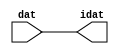

//------> /package/eda/mg/Catapult_10.3d/Mgc_home/pkgs/siflibs/ccs_in_v1.v 
//------------------------------------------------------------------------------
// Catapult Synthesis - Sample I/O Port Library
//
// Copyright (c) 2003-2017 Mentor Graphics Corp.
//       All Rights Reserved
//
// This document may be used and distributed without restriction provided that
// this copyright statement is not removed from the file and that any derivative
// work contains this copyright notice.
//
// The design information contained in this file is intended to be an example
// of the functionality which the end user may study in preparation for creating
// their own custom interfaces. This design does not necessarily present a 
// complete implementation of the named protocol or standard.
//
//------------------------------------------------------------------------------


module ccs_in_v1 (idat, dat);

  parameter integer rscid = 1;
  parameter integer width = 8;

  output [width-1:0] idat;
  input  [width-1:0] dat;

  wire   [width-1:0] idat;

  assign idat = dat;

endmodule


//------> /package/eda/mg/Catapult_10.3d/Mgc_home/pkgs/siflibs/ccs_out_v1.v 
//------------------------------------------------------------------------------
// Catapult Synthesis - Sample I/O Port Library
//
// Copyright (c) 2003-2015 Mentor Graphics Corp.
//       All Rights Reserved
//
// This document may be used and distributed without restriction provided that
// this copyright statement is not removed from the file and that any derivative
// work contains this copyright notice.
//
// The design information contained in this file is intended to be an example
// of the functionality which the end user may study in preparation for creating
// their own custom interfaces. This design does not necessarily present a 
// complete implementation of the named protocol or standard.
//
//------------------------------------------------------------------------------

module ccs_out_v1 (dat, idat);

  parameter integer rscid = 1;
  parameter integer width = 8;

  output   [width-1:0] dat;
  input    [width-1:0] idat;

  wire     [width-1:0] dat;

  assign dat = idat;

endmodule




//------> /package/eda/mg/Catapult_10.3d/Mgc_home/pkgs/siflibs/mgc_io_sync_v2.v 
//------------------------------------------------------------------------------
// Catapult Synthesis - Sample I/O Port Library
//
// Copyright (c) 2003-2017 Mentor Graphics Corp.
//       All Rights Reserved
//
// This document may be used and distributed without restriction provided that
// this copyright statement is not removed from the file and that any derivative
// work contains this copyright notice.
//
// The design information contained in this file is intended to be an example
// of the functionality which the end user may study in preparation for creating
// their own custom interfaces. This design does not necessarily present a 
// complete implementation of the named protocol or standard.
//
//------------------------------------------------------------------------------


module mgc_io_sync_v2 (ld, lz);
    parameter valid = 0;

    input  ld;
    output lz;

    wire   lz;

    assign lz = ld;

endmodule


//------> ./rtl.v 
// ----------------------------------------------------------------------
//  HLS HDL:        Verilog Netlister
//  HLS Version:    10.3d/815731 Production Release
//  HLS Date:       Wed Apr 24 14:54:19 PDT 2019
// 
//  Generated by:   695r48@cparch23.ecn.purdue.edu
//  Generated date: Tue Nov  9 15:16:23 2021
// ----------------------------------------------------------------------

// 
// ------------------------------------------------------------------
//  Design Unit:    fir_Altera_DIST_DIST_1R1W_RBW_rport_1_16_5_32_32_16_gen
// ------------------------------------------------------------------


module fir_Altera_DIST_DIST_1R1W_RBW_rport_1_16_5_32_32_16_gen (
  q, radr, radr_d, q_d, rport_r_ram_ir_internal_RMASK_B_d
);
  input [15:0] q;
  output [4:0] radr;
  input [4:0] radr_d;
  output [15:0] q_d;
  input rport_r_ram_ir_internal_RMASK_B_d;



  // Interconnect Declarations for Component Instantiations 
  assign q_d = q;
  assign radr = (radr_d);
endmodule

// ------------------------------------------------------------------
//  Design Unit:    fir_core_core_fsm
//  FSM Module
// ------------------------------------------------------------------


module fir_core_core_fsm (
  clk, rst, fsm_output, MAC_C_10_tr0
);
  input clk;
  input rst;
  output [15:0] fsm_output;
  reg [15:0] fsm_output;
  input MAC_C_10_tr0;


  // FSM State Type Declaration for fir_core_core_fsm_1
  parameter
    main_C_0 = 4'd0,
    MAC_C_0 = 4'd1,
    MAC_C_1 = 4'd2,
    MAC_C_2 = 4'd3,
    MAC_C_3 = 4'd4,
    MAC_C_4 = 4'd5,
    MAC_C_5 = 4'd6,
    MAC_C_6 = 4'd7,
    MAC_C_7 = 4'd8,
    MAC_C_8 = 4'd9,
    MAC_C_9 = 4'd10,
    MAC_C_10 = 4'd11,
    MAC_C_11 = 4'd12,
    MAC_C_12 = 4'd13,
    MAC_C_13 = 4'd14,
    main_C_1 = 4'd15;

  reg [3:0] state_var;
  reg [3:0] state_var_NS;


  // Interconnect Declarations for Component Instantiations 
  always @(*)
  begin : fir_core_core_fsm_1
    case (state_var)
      MAC_C_0 : begin
        fsm_output = 16'b0000000000000010;
        state_var_NS = MAC_C_1;
      end
      MAC_C_1 : begin
        fsm_output = 16'b0000000000000100;
        state_var_NS = MAC_C_2;
      end
      MAC_C_2 : begin
        fsm_output = 16'b0000000000001000;
        state_var_NS = MAC_C_3;
      end
      MAC_C_3 : begin
        fsm_output = 16'b0000000000010000;
        state_var_NS = MAC_C_4;
      end
      MAC_C_4 : begin
        fsm_output = 16'b0000000000100000;
        state_var_NS = MAC_C_5;
      end
      MAC_C_5 : begin
        fsm_output = 16'b0000000001000000;
        state_var_NS = MAC_C_6;
      end
      MAC_C_6 : begin
        fsm_output = 16'b0000000010000000;
        state_var_NS = MAC_C_7;
      end
      MAC_C_7 : begin
        fsm_output = 16'b0000000100000000;
        state_var_NS = MAC_C_8;
      end
      MAC_C_8 : begin
        fsm_output = 16'b0000001000000000;
        state_var_NS = MAC_C_9;
      end
      MAC_C_9 : begin
        fsm_output = 16'b0000010000000000;
        state_var_NS = MAC_C_10;
      end
      MAC_C_10 : begin
        fsm_output = 16'b0000100000000000;
        if ( MAC_C_10_tr0 ) begin
          state_var_NS = main_C_1;
        end
        else begin
          state_var_NS = MAC_C_11;
        end
      end
      MAC_C_11 : begin
        fsm_output = 16'b0001000000000000;
        state_var_NS = MAC_C_12;
      end
      MAC_C_12 : begin
        fsm_output = 16'b0010000000000000;
        state_var_NS = MAC_C_13;
      end
      MAC_C_13 : begin
        fsm_output = 16'b0100000000000000;
        state_var_NS = MAC_C_0;
      end
      main_C_1 : begin
        fsm_output = 16'b1000000000000000;
        state_var_NS = main_C_0;
      end
      // main_C_0
      default : begin
        fsm_output = 16'b0000000000000001;
        state_var_NS = MAC_C_0;
      end
    endcase
  end

  always @(posedge clk) begin
    if ( rst ) begin
      state_var <= main_C_0;
    end
    else begin
      state_var <= state_var_NS;
    end
  end

endmodule

// ------------------------------------------------------------------
//  Design Unit:    fir_core
// ------------------------------------------------------------------


module fir_core (
  clk, rst, coeffs_rsc_triosy_lz, in1_rsc_dat, in1_rsc_triosy_lz, out1_rsc_dat, out1_rsc_triosy_lz,
      coeffs_rsci_radr_d, coeffs_rsci_q_d, coeffs_rsci_rport_r_ram_ir_internal_RMASK_B_d
);
  input clk;
  input rst;
  output coeffs_rsc_triosy_lz;
  input [15:0] in1_rsc_dat;
  output in1_rsc_triosy_lz;
  output [15:0] out1_rsc_dat;
  output out1_rsc_triosy_lz;
  output [4:0] coeffs_rsci_radr_d;
  input [15:0] coeffs_rsci_q_d;
  output coeffs_rsci_rport_r_ram_ir_internal_RMASK_B_d;


  // Interconnect Declarations
  wire [15:0] in1_rsci_idat;
  reg [15:0] out1_rsci_idat;
  wire [15:0] fsm_output;
  wire [3:0] MAC_acc_3_tmp;
  wire [4:0] nl_MAC_acc_3_tmp;
  wire and_dcpl_3;
  wire and_dcpl_12;
  wire and_dcpl_14;
  wire or_tmp_149;
  wire or_tmp_160;
  reg [3:0] MAC_acc_3_psp_sva;
  reg reg_out1_rsc_triosy_obj_ld_cse;
  wire reg_out1_out1_and_cse;
  wire [2:0] MAC_acc_psp_sva_mx0w0;
  wire [3:0] nl_MAC_acc_psp_sva_mx0w0;
  reg [2:0] MAC_acc_psp_sva;
  reg [2:0] MAC_i_4_2_sva;
  wire [29:0] z_out;
  wire [30:0] nl_z_out;
  wire [29:0] z_out_2;
  wire signed [31:0] nl_z_out_2;
  wire [29:0] z_out_3;
  wire signed [31:0] nl_z_out_3;
  wire [29:0] z_out_4;
  wire signed [31:0] nl_z_out_4;
  wire [29:0] z_out_5;
  wire signed [31:0] nl_z_out_5;
  reg [15:0] regs_15_sva;
  reg [15:0] regs_16_sva;
  reg [15:0] regs_14_sva;
  reg [15:0] regs_17_sva;
  reg [15:0] regs_13_sva;
  reg [15:0] regs_18_sva;
  reg [15:0] regs_12_sva;
  reg [15:0] regs_19_sva;
  reg [15:0] regs_11_sva;
  reg [15:0] regs_20_sva;
  reg [15:0] regs_10_sva;
  reg [15:0] regs_21_sva;
  reg [15:0] regs_9_sva;
  reg [15:0] regs_22_sva;
  reg [15:0] regs_8_sva;
  reg [15:0] regs_23_sva;
  reg [15:0] regs_7_sva;
  reg [15:0] regs_24_sva;
  reg [15:0] regs_6_sva;
  reg [15:0] regs_25_sva;
  reg [15:0] regs_5_sva;
  reg [15:0] regs_26_sva;
  reg [15:0] regs_4_sva;
  reg [15:0] regs_27_sva;
  reg [15:0] regs_3_sva;
  reg [15:0] regs_28_sva;
  reg [15:0] regs_2_sva;
  reg [15:0] regs_29_sva;
  reg [15:0] regs_1_sva;
  reg [15:0] regs_30_sva;
  reg [15:0] regs_0_sva;
  reg [29:0] acc_32_3_1_sva;
  reg [15:0] regs_30_sva_1;
  reg [15:0] regs_29_sva_1;
  reg [15:0] regs_28_sva_1;
  reg [15:0] regs_27_sva_1;
  reg [15:0] regs_26_sva_1;
  reg [15:0] regs_25_sva_1;
  reg [15:0] regs_24_sva_1;
  reg [15:0] regs_23_sva_1;
  reg [15:0] regs_22_sva_1;
  reg [15:0] regs_21_sva_1;
  reg [15:0] regs_20_sva_1;
  reg [15:0] regs_19_sva_1;
  reg [15:0] regs_18_sva_1;
  reg [15:0] regs_17_sva_1;
  reg [15:0] regs_16_sva_1;
  reg [15:0] regs_15_sva_1;
  reg [15:0] regs_14_sva_1;
  reg [15:0] regs_13_sva_1;
  reg [15:0] regs_12_sva_1;
  reg [15:0] regs_11_sva_1;
  reg [15:0] regs_10_sva_1;
  reg [15:0] regs_9_sva_1;
  reg [15:0] regs_8_sva_1;
  reg [15:0] regs_7_sva_1;
  reg [15:0] regs_6_sva_1;
  reg [15:0] regs_5_sva_1;
  reg [15:0] regs_4_sva_1;
  reg [15:0] regs_3_sva_1;
  reg [15:0] regs_2_sva_1;
  reg [15:0] regs_1_sva_1;
  reg [15:0] regs_0_sva_1;
  reg [15:0] MAC_7_MAC_mux_itm;
  reg [15:0] MAC_8_MAC_mux_itm;
  reg [15:0] MAC_1_MAC_mux_itm;
  reg [15:0] MAC_2_MAC_mux_itm;
  reg [29:0] MAC_acc_8_itm;
  reg [15:0] MAC_3_MAC_mux_itm;
  reg [15:0] MAC_4_MAC_mux_itm;
  reg [15:0] MAC_5_MAC_mux_itm;
  reg [15:0] MAC_6_MAC_mux_itm;
  reg [29:0] MAC_acc_10_itm;
  reg [15:0] MAC_11_MAC_mux_itm;
  reg [29:0] MAC_11_mul_itm;
  reg [15:0] MAC_12_MAC_mux_itm;
  reg [15:0] MAC_9_MAC_mux_itm;
  reg [15:0] MAC_10_MAC_mux_itm;
  reg [29:0] MAC_10_mul_itm;
  wire [2:0] MAC_acc_4_itm_1;
  wire [3:0] nl_MAC_acc_4_itm_1;
  wire [29:0] MAC_acc_6_itm_mx0w0;
  wire [30:0] nl_MAC_acc_6_itm_mx0w0;
  wire [29:0] MAC_acc_16;
  wire [30:0] nl_MAC_acc_16;
  wire or_185_tmp;
  wire and_407_tmp;
  reg MAC_acc_4_itm_rsp_0;
  reg MAC_acc_4_itm_rsp_2;

  wire[29:0] acc_mux_nl;
  wire[29:0] MAC_12_acc_1_nl;
  wire[30:0] nl_MAC_12_acc_1_nl;
  wire[0:0] acc_not_nl;
  wire[0:0] MAC_and_7_nl;
  wire[0:0] MAC_and_5_nl;
  wire[0:0] MAC_and_3_nl;
  wire[0:0] MAC_and_1_nl;
  wire[29:0] mul_nl;
  wire signed [31:0] nl_mul_nl;
  wire[15:0] MAC_mux_29_nl;
  wire[0:0] MAC_or_2_nl;
  wire[29:0] mul_5_nl;
  wire signed [31:0] nl_mul_5_nl;
  wire[15:0] MAC_mux_34_nl;
  wire[29:0] MAC_acc_11_nl;
  wire[30:0] nl_MAC_acc_11_nl;
  wire[0:0] MAC_or_1_nl;
  wire[2:0] coeffs_mux1h_1_nl;
  wire[0:0] coeffs_or_nl;
  wire[0:0] coeffs_or_1_nl;
  wire[0:0] coeffs_or_2_nl;
  wire[1:0] or_219_nl;
  wire[1:0] coeffs_and_nl;
  wire[1:0] coeffs_mux_nl;
  wire[0:0] coeffs_or_5_nl;
  wire[0:0] coeffs_nor_nl;
  wire[0:0] or_217_nl;
  wire[29:0] MAC_mux_28_nl;
  wire[15:0] MAC_mux_30_nl;
  wire[15:0] MAC_mux_31_nl;
  wire[15:0] MAC_mux_32_nl;
  wire[15:0] MAC_mux_33_nl;

  // Interconnect Declarations for Component Instantiations 
  wire [0:0] nl_fir_core_core_fsm_inst_MAC_C_10_tr0;
  assign nl_fir_core_core_fsm_inst_MAC_C_10_tr0 = MAC_acc_3_psp_sva[3];
  ccs_in_v1 #(.rscid(32'sd2),
  .width(32'sd16)) in1_rsci (
      .dat(in1_rsc_dat),
      .idat(in1_rsci_idat)
    );
  ccs_out_v1 #(.rscid(32'sd3),
  .width(32'sd16)) out1_rsci (
      .idat(out1_rsci_idat),
      .dat(out1_rsc_dat)
    );
  mgc_io_sync_v2 #(.valid(32'sd0)) coeffs_rsc_triosy_obj (
      .ld(reg_out1_rsc_triosy_obj_ld_cse),
      .lz(coeffs_rsc_triosy_lz)
    );
  mgc_io_sync_v2 #(.valid(32'sd0)) in1_rsc_triosy_obj (
      .ld(reg_out1_rsc_triosy_obj_ld_cse),
      .lz(in1_rsc_triosy_lz)
    );
  mgc_io_sync_v2 #(.valid(32'sd0)) out1_rsc_triosy_obj (
      .ld(reg_out1_rsc_triosy_obj_ld_cse),
      .lz(out1_rsc_triosy_lz)
    );
  fir_core_core_fsm fir_core_core_fsm_inst (
      .clk(clk),
      .rst(rst),
      .fsm_output(fsm_output),
      .MAC_C_10_tr0(nl_fir_core_core_fsm_inst_MAC_C_10_tr0[0:0])
    );
  assign reg_out1_out1_and_cse = (fsm_output[11]) & (MAC_acc_3_psp_sva[3]);
  assign nl_MAC_acc_3_tmp = conv_u2u_3_4(MAC_acc_psp_sva_mx0w0) + 4'b0001;
  assign MAC_acc_3_tmp = nl_MAC_acc_3_tmp[3:0];
  assign nl_MAC_acc_psp_sva_mx0w0 = MAC_i_4_2_sva + 3'b001;
  assign MAC_acc_psp_sva_mx0w0 = nl_MAC_acc_psp_sva_mx0w0[2:0];
  assign nl_MAC_acc_4_itm_1 = (MAC_acc_3_tmp[2:0]) + 3'b001;
  assign MAC_acc_4_itm_1 = nl_MAC_acc_4_itm_1[2:0];
  assign nl_MAC_acc_6_itm_mx0w0 = MAC_11_mul_itm + MAC_10_mul_itm;
  assign MAC_acc_6_itm_mx0w0 = nl_MAC_acc_6_itm_mx0w0[29:0];
  assign nl_MAC_acc_16 = MAC_acc_6_itm_mx0w0 + acc_32_3_1_sva;
  assign MAC_acc_16 = nl_MAC_acc_16[29:0];
  assign and_dcpl_3 = ~((fsm_output[15]) | (fsm_output[0]));
  assign and_dcpl_12 = and_dcpl_3 & (~ (fsm_output[14]));
  assign and_dcpl_14 = ~((fsm_output[13]) | (fsm_output[1]));
  assign or_tmp_149 = and_dcpl_12 & and_dcpl_14 & (~ (fsm_output[12]));
  assign or_tmp_160 = ~((~ and_dcpl_3) | (fsm_output[14]) | (fsm_output[13]) | (fsm_output[1])
      | (fsm_output[12]) | (fsm_output[11]));
  assign coeffs_or_nl = (fsm_output[2]) | (fsm_output[7]) | (fsm_output[8]);
  assign coeffs_or_1_nl = (fsm_output[6:3]!=4'b0000);
  assign coeffs_or_2_nl = (fsm_output[12:9]!=4'b0000);
  assign coeffs_mux1h_1_nl = MUX1HOT_v_3_4_2(MAC_acc_psp_sva_mx0w0, MAC_acc_psp_sva,
      MAC_i_4_2_sva, (MAC_acc_3_psp_sva[2:0]), {(fsm_output[1]) , (coeffs_or_nl)
      , (coeffs_or_1_nl) , (coeffs_or_2_nl)});
  assign coeffs_or_5_nl = (fsm_output[4]) | (fsm_output[8]) | (fsm_output[12]);
  assign coeffs_mux_nl = MUX_v_2_2_2(2'b01, 2'b10, coeffs_or_5_nl);
  assign coeffs_nor_nl = ~((fsm_output[2]) | (fsm_output[6]) | (fsm_output[10]));
  assign coeffs_and_nl = MUX_v_2_2_2(2'b00, (coeffs_mux_nl), (coeffs_nor_nl));
  assign or_217_nl = (fsm_output[3]) | (fsm_output[7]) | (fsm_output[11]);
  assign or_219_nl = MUX_v_2_2_2((coeffs_and_nl), 2'b11, (or_217_nl));
  assign coeffs_rsci_radr_d = {(coeffs_mux1h_1_nl) , (or_219_nl)};
  assign coeffs_rsci_rport_r_ram_ir_internal_RMASK_B_d = (and_dcpl_12 & (~ (fsm_output[13]))
      & (~ (fsm_output[11]))) | ((~ (MAC_acc_3_psp_sva[3])) & (fsm_output[11]));
  assign and_407_tmp = and_dcpl_12 & and_dcpl_14;
  assign or_185_tmp = (fsm_output[9:2]!=8'b00000000);
  always @(posedge clk) begin
    if ( rst ) begin
      out1_rsci_idat <= 16'b0000000000000000;
      regs_4_sva <= 16'b0000000000000000;
      regs_16_sva <= 16'b0000000000000000;
      regs_28_sva <= 16'b0000000000000000;
      regs_3_sva <= 16'b0000000000000000;
      regs_15_sva <= 16'b0000000000000000;
      regs_27_sva <= 16'b0000000000000000;
      regs_2_sva <= 16'b0000000000000000;
      regs_14_sva <= 16'b0000000000000000;
      regs_26_sva <= 16'b0000000000000000;
      regs_1_sva <= 16'b0000000000000000;
      regs_13_sva <= 16'b0000000000000000;
      regs_25_sva <= 16'b0000000000000000;
      regs_0_sva <= 16'b0000000000000000;
      regs_12_sva <= 16'b0000000000000000;
      regs_24_sva <= 16'b0000000000000000;
      regs_11_sva <= 16'b0000000000000000;
      regs_23_sva <= 16'b0000000000000000;
      regs_6_sva <= 16'b0000000000000000;
      regs_18_sva <= 16'b0000000000000000;
      regs_30_sva <= 16'b0000000000000000;
      regs_5_sva <= 16'b0000000000000000;
      regs_17_sva <= 16'b0000000000000000;
      regs_29_sva <= 16'b0000000000000000;
      regs_20_sva <= 16'b0000000000000000;
      regs_8_sva <= 16'b0000000000000000;
      regs_19_sva <= 16'b0000000000000000;
      regs_7_sva <= 16'b0000000000000000;
      regs_22_sva <= 16'b0000000000000000;
      regs_10_sva <= 16'b0000000000000000;
      regs_21_sva <= 16'b0000000000000000;
      regs_9_sva <= 16'b0000000000000000;
    end
    else if ( reg_out1_out1_and_cse ) begin
      out1_rsci_idat <= z_out[29:14];
      regs_4_sva <= regs_4_sva_1;
      regs_16_sva <= regs_16_sva_1;
      regs_28_sva <= regs_28_sva_1;
      regs_3_sva <= regs_3_sva_1;
      regs_15_sva <= regs_15_sva_1;
      regs_27_sva <= regs_27_sva_1;
      regs_2_sva <= regs_2_sva_1;
      regs_14_sva <= regs_14_sva_1;
      regs_26_sva <= regs_26_sva_1;
      regs_1_sva <= regs_1_sva_1;
      regs_13_sva <= regs_13_sva_1;
      regs_25_sva <= regs_25_sva_1;
      regs_0_sva <= regs_0_sva_1;
      regs_12_sva <= regs_12_sva_1;
      regs_24_sva <= regs_24_sva_1;
      regs_11_sva <= regs_11_sva_1;
      regs_23_sva <= regs_23_sva_1;
      regs_6_sva <= regs_6_sva_1;
      regs_18_sva <= regs_18_sva_1;
      regs_30_sva <= regs_30_sva_1;
      regs_5_sva <= regs_5_sva_1;
      regs_17_sva <= regs_17_sva_1;
      regs_29_sva <= regs_29_sva_1;
      regs_20_sva <= regs_20_sva_1;
      regs_8_sva <= regs_8_sva_1;
      regs_19_sva <= regs_19_sva_1;
      regs_7_sva <= regs_7_sva_1;
      regs_22_sva <= regs_22_sva_1;
      regs_10_sva <= regs_10_sva_1;
      regs_21_sva <= regs_21_sva_1;
      regs_9_sva <= regs_9_sva_1;
    end
  end
  always @(posedge clk) begin
    if ( rst ) begin
      acc_32_3_1_sva <= 30'b000000000000000000000000000000;
    end
    else if ( (fsm_output[0]) | (fsm_output[14]) | (fsm_output[11]) ) begin
      acc_32_3_1_sva <= MUX_v_30_2_2(30'b000000000000000000000000000000, (acc_mux_nl),
          (acc_not_nl));
    end
  end
  always @(posedge clk) begin
    if ( rst ) begin
      MAC_i_4_2_sva <= 3'b000;
    end
    else if ( (fsm_output[0]) | (fsm_output[11]) ) begin
      MAC_i_4_2_sva <= MUX_v_3_2_2(3'b000, ({MAC_acc_4_itm_rsp_0 , 1'b1 , MAC_acc_4_itm_rsp_2}),
          (fsm_output[11]));
    end
  end
  always @(posedge clk) begin
    if ( rst ) begin
      regs_0_sva_1 <= 16'b0000000000000000;
    end
    else if ( ~ and_dcpl_3 ) begin
      regs_0_sva_1 <= in1_rsci_idat;
    end
  end
  always @(posedge clk) begin
    if ( rst ) begin
      reg_out1_rsc_triosy_obj_ld_cse <= 1'b0;
      MAC_6_MAC_mux_itm <= 16'b0000000000000000;
      MAC_11_mul_itm <= 30'b000000000000000000000000000000;
    end
    else begin
      reg_out1_rsc_triosy_obj_ld_cse <= reg_out1_out1_and_cse;
      MAC_6_MAC_mux_itm <= MUX_v_16_8_2x0x2x3x5x6(regs_4_sva, regs_16_sva, regs_28_sva,
          MAC_acc_psp_sva_mx0w0);
      MAC_11_mul_itm <= MUX1HOT_v_30_6_2((mul_5_nl), z_out_5, z_out_4, (MAC_acc_11_nl),
          z_out_3, z_out_2, {(MAC_or_1_nl) , (fsm_output[7]) , (fsm_output[9]) ,
          (fsm_output[10]) , (fsm_output[11]) , (fsm_output[13])});
    end
  end
  always @(posedge clk) begin
    if ( rst ) begin
      regs_30_sva_1 <= 16'b0000000000000000;
    end
    else if ( ~ and_dcpl_3 ) begin
      regs_30_sva_1 <= regs_29_sva;
    end
  end
  always @(posedge clk) begin
    if ( rst ) begin
      regs_29_sva_1 <= 16'b0000000000000000;
    end
    else if ( ~ and_dcpl_3 ) begin
      regs_29_sva_1 <= regs_28_sva;
    end
  end
  always @(posedge clk) begin
    if ( rst ) begin
      regs_28_sva_1 <= 16'b0000000000000000;
    end
    else if ( ~ and_dcpl_3 ) begin
      regs_28_sva_1 <= regs_27_sva;
    end
  end
  always @(posedge clk) begin
    if ( rst ) begin
      regs_27_sva_1 <= 16'b0000000000000000;
    end
    else if ( ~ and_dcpl_3 ) begin
      regs_27_sva_1 <= regs_26_sva;
    end
  end
  always @(posedge clk) begin
    if ( rst ) begin
      regs_26_sva_1 <= 16'b0000000000000000;
    end
    else if ( ~ and_dcpl_3 ) begin
      regs_26_sva_1 <= regs_25_sva;
    end
  end
  always @(posedge clk) begin
    if ( rst ) begin
      regs_25_sva_1 <= 16'b0000000000000000;
    end
    else if ( ~ and_dcpl_3 ) begin
      regs_25_sva_1 <= regs_24_sva;
    end
  end
  always @(posedge clk) begin
    if ( rst ) begin
      regs_24_sva_1 <= 16'b0000000000000000;
    end
    else if ( ~ and_dcpl_3 ) begin
      regs_24_sva_1 <= regs_23_sva;
    end
  end
  always @(posedge clk) begin
    if ( rst ) begin
      regs_23_sva_1 <= 16'b0000000000000000;
    end
    else if ( ~ and_dcpl_3 ) begin
      regs_23_sva_1 <= regs_22_sva;
    end
  end
  always @(posedge clk) begin
    if ( rst ) begin
      regs_22_sva_1 <= 16'b0000000000000000;
    end
    else if ( ~ and_dcpl_3 ) begin
      regs_22_sva_1 <= regs_21_sva;
    end
  end
  always @(posedge clk) begin
    if ( rst ) begin
      regs_21_sva_1 <= 16'b0000000000000000;
    end
    else if ( ~ and_dcpl_3 ) begin
      regs_21_sva_1 <= regs_20_sva;
    end
  end
  always @(posedge clk) begin
    if ( rst ) begin
      regs_20_sva_1 <= 16'b0000000000000000;
    end
    else if ( ~ and_dcpl_3 ) begin
      regs_20_sva_1 <= regs_19_sva;
    end
  end
  always @(posedge clk) begin
    if ( rst ) begin
      regs_19_sva_1 <= 16'b0000000000000000;
    end
    else if ( ~ and_dcpl_3 ) begin
      regs_19_sva_1 <= regs_18_sva;
    end
  end
  always @(posedge clk) begin
    if ( rst ) begin
      regs_18_sva_1 <= 16'b0000000000000000;
    end
    else if ( ~ and_dcpl_3 ) begin
      regs_18_sva_1 <= regs_17_sva;
    end
  end
  always @(posedge clk) begin
    if ( rst ) begin
      regs_17_sva_1 <= 16'b0000000000000000;
    end
    else if ( ~ and_dcpl_3 ) begin
      regs_17_sva_1 <= regs_16_sva;
    end
  end
  always @(posedge clk) begin
    if ( rst ) begin
      regs_16_sva_1 <= 16'b0000000000000000;
    end
    else if ( ~ and_dcpl_3 ) begin
      regs_16_sva_1 <= regs_15_sva;
    end
  end
  always @(posedge clk) begin
    if ( rst ) begin
      regs_15_sva_1 <= 16'b0000000000000000;
    end
    else if ( ~ and_dcpl_3 ) begin
      regs_15_sva_1 <= regs_14_sva;
    end
  end
  always @(posedge clk) begin
    if ( rst ) begin
      regs_14_sva_1 <= 16'b0000000000000000;
    end
    else if ( ~ and_dcpl_3 ) begin
      regs_14_sva_1 <= regs_13_sva;
    end
  end
  always @(posedge clk) begin
    if ( rst ) begin
      regs_13_sva_1 <= 16'b0000000000000000;
    end
    else if ( ~ and_dcpl_3 ) begin
      regs_13_sva_1 <= regs_12_sva;
    end
  end
  always @(posedge clk) begin
    if ( rst ) begin
      regs_12_sva_1 <= 16'b0000000000000000;
    end
    else if ( ~ and_dcpl_3 ) begin
      regs_12_sva_1 <= regs_11_sva;
    end
  end
  always @(posedge clk) begin
    if ( rst ) begin
      regs_11_sva_1 <= 16'b0000000000000000;
    end
    else if ( ~ and_dcpl_3 ) begin
      regs_11_sva_1 <= regs_10_sva;
    end
  end
  always @(posedge clk) begin
    if ( rst ) begin
      regs_10_sva_1 <= 16'b0000000000000000;
    end
    else if ( ~ and_dcpl_3 ) begin
      regs_10_sva_1 <= regs_9_sva;
    end
  end
  always @(posedge clk) begin
    if ( rst ) begin
      regs_9_sva_1 <= 16'b0000000000000000;
    end
    else if ( ~ and_dcpl_3 ) begin
      regs_9_sva_1 <= regs_8_sva;
    end
  end
  always @(posedge clk) begin
    if ( rst ) begin
      regs_8_sva_1 <= 16'b0000000000000000;
    end
    else if ( ~ and_dcpl_3 ) begin
      regs_8_sva_1 <= regs_7_sva;
    end
  end
  always @(posedge clk) begin
    if ( rst ) begin
      regs_7_sva_1 <= 16'b0000000000000000;
    end
    else if ( ~ and_dcpl_3 ) begin
      regs_7_sva_1 <= regs_6_sva;
    end
  end
  always @(posedge clk) begin
    if ( rst ) begin
      regs_6_sva_1 <= 16'b0000000000000000;
    end
    else if ( ~ and_dcpl_3 ) begin
      regs_6_sva_1 <= regs_5_sva;
    end
  end
  always @(posedge clk) begin
    if ( rst ) begin
      regs_5_sva_1 <= 16'b0000000000000000;
    end
    else if ( ~ and_dcpl_3 ) begin
      regs_5_sva_1 <= regs_4_sva;
    end
  end
  always @(posedge clk) begin
    if ( rst ) begin
      regs_4_sva_1 <= 16'b0000000000000000;
    end
    else if ( ~ and_dcpl_3 ) begin
      regs_4_sva_1 <= regs_3_sva;
    end
  end
  always @(posedge clk) begin
    if ( rst ) begin
      regs_3_sva_1 <= 16'b0000000000000000;
    end
    else if ( ~ and_dcpl_3 ) begin
      regs_3_sva_1 <= regs_2_sva;
    end
  end
  always @(posedge clk) begin
    if ( rst ) begin
      regs_2_sva_1 <= 16'b0000000000000000;
    end
    else if ( ~ and_dcpl_3 ) begin
      regs_2_sva_1 <= regs_1_sva;
    end
  end
  always @(posedge clk) begin
    if ( rst ) begin
      regs_1_sva_1 <= 16'b0000000000000000;
    end
    else if ( ~ and_dcpl_3 ) begin
      regs_1_sva_1 <= regs_0_sva;
    end
  end
  always @(posedge clk) begin
    if ( rst ) begin
      MAC_acc_3_psp_sva <= 4'b0000;
    end
    else if ( ~ or_tmp_149 ) begin
      MAC_acc_3_psp_sva <= MAC_acc_3_tmp;
    end
  end
  always @(posedge clk) begin
    if ( rst ) begin
      MAC_7_MAC_mux_itm <= 16'b0000000000000000;
    end
    else if ( fsm_output[1] ) begin
      MAC_7_MAC_mux_itm <= MUX_v_16_8_2x0x2x3x5x6(regs_5_sva, regs_17_sva, regs_29_sva,
          MAC_acc_psp_sva_mx0w0);
    end
  end
  always @(posedge clk) begin
    if ( rst ) begin
      MAC_8_MAC_mux_itm <= 16'b0000000000000000;
    end
    else if ( fsm_output[1] ) begin
      MAC_8_MAC_mux_itm <= MUX_v_16_8_2x0x2x3x5x6(regs_6_sva, regs_18_sva, regs_30_sva,
          MAC_acc_psp_sva_mx0w0);
    end
  end
  always @(posedge clk) begin
    if ( rst ) begin
      MAC_acc_psp_sva <= 3'b000;
    end
    else if ( fsm_output[1] ) begin
      MAC_acc_psp_sva <= MAC_acc_psp_sva_mx0w0;
    end
  end
  always @(posedge clk) begin
    if ( rst ) begin
      MAC_1_MAC_mux_itm <= 16'b0000000000000000;
    end
    else if ( fsm_output[1] ) begin
      MAC_1_MAC_mux_itm <= MUX_v_16_7_2x1x2x4x5(regs_0_sva_1, regs_11_sva, regs_23_sva,
          MAC_i_4_2_sva);
    end
  end
  always @(posedge clk) begin
    if ( rst ) begin
      MAC_2_MAC_mux_itm <= 16'b0000000000000000;
    end
    else if ( fsm_output[1] ) begin
      MAC_2_MAC_mux_itm <= MUX_v_16_7_2x1x2x4x5(regs_0_sva, regs_12_sva, regs_24_sva,
          MAC_i_4_2_sva);
    end
  end
  always @(posedge clk) begin
    if ( rst ) begin
      MAC_3_MAC_mux_itm <= 16'b0000000000000000;
    end
    else if ( fsm_output[1] ) begin
      MAC_3_MAC_mux_itm <= MUX_v_16_7_2x1x2x4x5(regs_1_sva, regs_13_sva, regs_25_sva,
          MAC_i_4_2_sva);
    end
  end
  always @(posedge clk) begin
    if ( rst ) begin
      MAC_4_MAC_mux_itm <= 16'b0000000000000000;
    end
    else if ( fsm_output[1] ) begin
      MAC_4_MAC_mux_itm <= MUX_v_16_7_2x1x2x4x5(regs_2_sva, regs_14_sva, regs_26_sva,
          MAC_i_4_2_sva);
    end
  end
  always @(posedge clk) begin
    if ( rst ) begin
      MAC_5_MAC_mux_itm <= 16'b0000000000000000;
    end
    else if ( fsm_output[1] ) begin
      MAC_5_MAC_mux_itm <= MUX_v_16_8_2x0x2x3x5x6(regs_3_sva, regs_15_sva, regs_27_sva,
          MAC_acc_psp_sva_mx0w0);
    end
  end
  always @(posedge clk) begin
    if ( rst ) begin
      MAC_11_MAC_mux_itm <= 16'b0000000000000000;
    end
    else if ( ~ and_407_tmp ) begin
      MAC_11_MAC_mux_itm <= MUX_v_16_2_2(regs_21_sva, regs_9_sva, MAC_and_7_nl);
    end
  end
  always @(posedge clk) begin
    if ( rst ) begin
      MAC_12_MAC_mux_itm <= 16'b0000000000000000;
    end
    else if ( ~ or_tmp_149 ) begin
      MAC_12_MAC_mux_itm <= MUX_v_16_2_2(regs_22_sva, regs_10_sva, MAC_and_5_nl);
    end
  end
  always @(posedge clk) begin
    if ( rst ) begin
      MAC_9_MAC_mux_itm <= 16'b0000000000000000;
    end
    else if ( ~ or_tmp_160 ) begin
      MAC_9_MAC_mux_itm <= MUX_v_16_2_2(regs_19_sva, regs_7_sva, MAC_and_3_nl);
    end
  end
  always @(posedge clk) begin
    if ( rst ) begin
      MAC_10_MAC_mux_itm <= 16'b0000000000000000;
    end
    else if ( ~ or_185_tmp ) begin
      MAC_10_MAC_mux_itm <= MUX_v_16_2_2(regs_20_sva, regs_8_sva, MAC_and_1_nl);
    end
  end
  always @(posedge clk) begin
    if ( rst ) begin
      MAC_10_mul_itm <= 30'b000000000000000000000000000000;
    end
    else if ( ~((fsm_output[7]) | (fsm_output[9]) | (fsm_output[5]) | (fsm_output[3])
        | (fsm_output[13]) | (fsm_output[11])) ) begin
      MAC_10_mul_itm <= MUX1HOT_v_30_5_2((mul_nl), z_out_2, z_out_3, z_out_4, z_out_5,
          {(MAC_or_2_nl) , (fsm_output[6]) , (fsm_output[8]) , (fsm_output[10]) ,
          (fsm_output[12])});
    end
  end
  always @(posedge clk) begin
    if ( rst ) begin
      MAC_acc_10_itm <= 30'b000000000000000000000000000000;
    end
    else if ( (fsm_output[6]) | (fsm_output[4]) | (fsm_output[12]) ) begin
      MAC_acc_10_itm <= MUX_v_30_2_2(MAC_acc_6_itm_mx0w0, z_out, fsm_output[6]);
    end
  end
  always @(posedge clk) begin
    if ( rst ) begin
      MAC_acc_8_itm <= 30'b000000000000000000000000000000;
    end
    else if ( fsm_output[8] ) begin
      MAC_acc_8_itm <= MAC_acc_6_itm_mx0w0;
    end
  end
  always @(posedge clk) begin
    if ( rst ) begin
      MAC_acc_4_itm_rsp_0 <= 1'b0;
    end
    else if ( ~ or_tmp_160 ) begin
      MAC_acc_4_itm_rsp_0 <= MAC_acc_4_itm_1[2];
    end
  end
  always @(posedge clk) begin
    if ( rst ) begin
      MAC_acc_4_itm_rsp_2 <= 1'b0;
    end
    else if ( ~ or_tmp_160 ) begin
      MAC_acc_4_itm_rsp_2 <= MAC_acc_4_itm_1[0];
    end
  end
  assign nl_MAC_12_acc_1_nl = MAC_acc_16 + MAC_acc_10_itm;
  assign MAC_12_acc_1_nl = nl_MAC_12_acc_1_nl[29:0];
  assign acc_mux_nl = MUX_v_30_2_2(z_out, (MAC_12_acc_1_nl), fsm_output[14]);
  assign acc_not_nl = ~ (fsm_output[0]);
  assign MAC_mux_34_nl = MUX_v_16_2_2(MAC_5_MAC_mux_itm, MAC_3_MAC_mux_itm, fsm_output[5]);
  assign nl_mul_5_nl = $signed((MAC_mux_34_nl)) * $signed((coeffs_rsci_q_d));
  assign mul_5_nl = nl_mul_5_nl[29:0];
  assign nl_MAC_acc_11_nl = MAC_acc_16 + MAC_acc_8_itm;
  assign MAC_acc_11_nl = nl_MAC_acc_11_nl[29:0];
  assign MAC_or_1_nl = (fsm_output[3]) | (fsm_output[5]);
  assign MAC_and_7_nl = (MAC_acc_3_tmp[1:0]==2'b10) & (~ and_407_tmp);
  assign MAC_and_5_nl = (MAC_acc_3_tmp[1:0]==2'b10) & (~ or_tmp_149);
  assign MAC_and_3_nl = (MAC_acc_3_tmp[1:0]==2'b10) & (~ or_tmp_160);
  assign MAC_and_1_nl = (MAC_acc_3_tmp[1:0]==2'b10) & (~ or_185_tmp);
  assign MAC_mux_29_nl = MUX_v_16_2_2(MAC_6_MAC_mux_itm, MAC_4_MAC_mux_itm, fsm_output[4]);
  assign nl_mul_nl = $signed((MAC_mux_29_nl)) * $signed((coeffs_rsci_q_d));
  assign mul_nl = nl_mul_nl[29:0];
  assign MAC_or_2_nl = (fsm_output[2]) | (fsm_output[4]);
  assign MAC_mux_28_nl = MUX_v_30_2_2(MAC_acc_6_itm_mx0w0, MAC_11_mul_itm, fsm_output[11]);
  assign nl_z_out = (MAC_mux_28_nl) + MAC_acc_10_itm;
  assign z_out = nl_z_out[29:0];
  assign MAC_mux_30_nl = MUX_v_16_2_2(MAC_2_MAC_mux_itm, MAC_11_MAC_mux_itm, fsm_output[13]);
  assign nl_z_out_2 = $signed((MAC_mux_30_nl)) * $signed((coeffs_rsci_q_d));
  assign z_out_2 = nl_z_out_2[29:0];
  assign MAC_mux_31_nl = MUX_v_16_2_2(MAC_8_MAC_mux_itm, MAC_9_MAC_mux_itm, fsm_output[11]);
  assign nl_z_out_3 = $signed((MAC_mux_31_nl)) * $signed((coeffs_rsci_q_d));
  assign z_out_3 = nl_z_out_3[29:0];
  assign MAC_mux_32_nl = MUX_v_16_2_2(MAC_10_MAC_mux_itm, MAC_7_MAC_mux_itm, fsm_output[9]);
  assign nl_z_out_4 = $signed((MAC_mux_32_nl)) * $signed((coeffs_rsci_q_d));
  assign z_out_4 = nl_z_out_4[29:0];
  assign MAC_mux_33_nl = MUX_v_16_2_2(MAC_12_MAC_mux_itm, MAC_1_MAC_mux_itm, fsm_output[7]);
  assign nl_z_out_5 = $signed((MAC_mux_33_nl)) * $signed((coeffs_rsci_q_d));
  assign z_out_5 = nl_z_out_5[29:0];

  function automatic [29:0] MUX1HOT_v_30_5_2;
    input [29:0] input_4;
    input [29:0] input_3;
    input [29:0] input_2;
    input [29:0] input_1;
    input [29:0] input_0;
    input [4:0] sel;
    reg [29:0] result;
  begin
    result = input_0 & {30{sel[0]}};
    result = result | ( input_1 & {30{sel[1]}});
    result = result | ( input_2 & {30{sel[2]}});
    result = result | ( input_3 & {30{sel[3]}});
    result = result | ( input_4 & {30{sel[4]}});
    MUX1HOT_v_30_5_2 = result;
  end
  endfunction


  function automatic [29:0] MUX1HOT_v_30_6_2;
    input [29:0] input_5;
    input [29:0] input_4;
    input [29:0] input_3;
    input [29:0] input_2;
    input [29:0] input_1;
    input [29:0] input_0;
    input [5:0] sel;
    reg [29:0] result;
  begin
    result = input_0 & {30{sel[0]}};
    result = result | ( input_1 & {30{sel[1]}});
    result = result | ( input_2 & {30{sel[2]}});
    result = result | ( input_3 & {30{sel[3]}});
    result = result | ( input_4 & {30{sel[4]}});
    result = result | ( input_5 & {30{sel[5]}});
    MUX1HOT_v_30_6_2 = result;
  end
  endfunction


  function automatic [2:0] MUX1HOT_v_3_4_2;
    input [2:0] input_3;
    input [2:0] input_2;
    input [2:0] input_1;
    input [2:0] input_0;
    input [3:0] sel;
    reg [2:0] result;
  begin
    result = input_0 & {3{sel[0]}};
    result = result | ( input_1 & {3{sel[1]}});
    result = result | ( input_2 & {3{sel[2]}});
    result = result | ( input_3 & {3{sel[3]}});
    MUX1HOT_v_3_4_2 = result;
  end
  endfunction


  function automatic [15:0] MUX_v_16_2_2;
    input [15:0] input_0;
    input [15:0] input_1;
    input [0:0] sel;
    reg [15:0] result;
  begin
    case (sel)
      1'b0 : begin
        result = input_0;
      end
      default : begin
        result = input_1;
      end
    endcase
    MUX_v_16_2_2 = result;
  end
  endfunction


  function automatic [15:0] MUX_v_16_7_2x1x2x4x5;
    input [15:0] input_0;
    input [15:0] input_3;
    input [15:0] input_6;
    input [2:0] sel;
    reg [15:0] result;
  begin
    case (sel)
      3'b000 : begin
        result = input_0;
      end
      3'b011 : begin
        result = input_3;
      end
      default : begin
        result = input_6;
      end
    endcase
    MUX_v_16_7_2x1x2x4x5 = result;
  end
  endfunction


  function automatic [15:0] MUX_v_16_8_2x0x2x3x5x6;
    input [15:0] input_1;
    input [15:0] input_4;
    input [15:0] input_7;
    input [2:0] sel;
    reg [15:0] result;
  begin
    case (sel)
      3'b001 : begin
        result = input_1;
      end
      3'b100 : begin
        result = input_4;
      end
      default : begin
        result = input_7;
      end
    endcase
    MUX_v_16_8_2x0x2x3x5x6 = result;
  end
  endfunction


  function automatic [1:0] MUX_v_2_2_2;
    input [1:0] input_0;
    input [1:0] input_1;
    input [0:0] sel;
    reg [1:0] result;
  begin
    case (sel)
      1'b0 : begin
        result = input_0;
      end
      default : begin
        result = input_1;
      end
    endcase
    MUX_v_2_2_2 = result;
  end
  endfunction


  function automatic [29:0] MUX_v_30_2_2;
    input [29:0] input_0;
    input [29:0] input_1;
    input [0:0] sel;
    reg [29:0] result;
  begin
    case (sel)
      1'b0 : begin
        result = input_0;
      end
      default : begin
        result = input_1;
      end
    endcase
    MUX_v_30_2_2 = result;
  end
  endfunction


  function automatic [2:0] MUX_v_3_2_2;
    input [2:0] input_0;
    input [2:0] input_1;
    input [0:0] sel;
    reg [2:0] result;
  begin
    case (sel)
      1'b0 : begin
        result = input_0;
      end
      default : begin
        result = input_1;
      end
    endcase
    MUX_v_3_2_2 = result;
  end
  endfunction


  function automatic [3:0] conv_u2u_3_4 ;
    input [2:0]  vector ;
  begin
    conv_u2u_3_4 = {1'b0, vector};
  end
  endfunction

endmodule

// ------------------------------------------------------------------
//  Design Unit:    fir
// ------------------------------------------------------------------


module fir (
  clk, rst, coeffs_rsc_radr, coeffs_rsc_q, coeffs_rsc_triosy_lz, in1_rsc_dat, in1_rsc_triosy_lz,
      out1_rsc_dat, out1_rsc_triosy_lz
);
  input clk;
  input rst;
  output [4:0] coeffs_rsc_radr;
  input [15:0] coeffs_rsc_q;
  output coeffs_rsc_triosy_lz;
  input [15:0] in1_rsc_dat;
  output in1_rsc_triosy_lz;
  output [15:0] out1_rsc_dat;
  output out1_rsc_triosy_lz;


  // Interconnect Declarations
  wire [4:0] coeffs_rsci_radr_d;
  wire [15:0] coeffs_rsci_q_d;
  wire coeffs_rsci_rport_r_ram_ir_internal_RMASK_B_d;


  // Interconnect Declarations for Component Instantiations 
  fir_Altera_DIST_DIST_1R1W_RBW_rport_1_16_5_32_32_16_gen coeffs_rsci (
      .q(coeffs_rsc_q),
      .radr(coeffs_rsc_radr),
      .radr_d(coeffs_rsci_radr_d),
      .q_d(coeffs_rsci_q_d),
      .rport_r_ram_ir_internal_RMASK_B_d(coeffs_rsci_rport_r_ram_ir_internal_RMASK_B_d)
    );
  fir_core fir_core_inst (
      .clk(clk),
      .rst(rst),
      .coeffs_rsc_triosy_lz(coeffs_rsc_triosy_lz),
      .in1_rsc_dat(in1_rsc_dat),
      .in1_rsc_triosy_lz(in1_rsc_triosy_lz),
      .out1_rsc_dat(out1_rsc_dat),
      .out1_rsc_triosy_lz(out1_rsc_triosy_lz),
      .coeffs_rsci_radr_d(coeffs_rsci_radr_d),
      .coeffs_rsci_q_d(coeffs_rsci_q_d),
      .coeffs_rsci_rport_r_ram_ir_internal_RMASK_B_d(coeffs_rsci_rport_r_ram_ir_internal_RMASK_B_d)
    );
endmodule